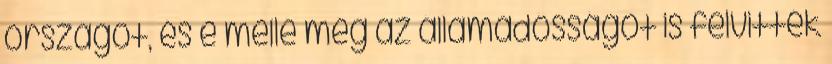
országot, és e mellé még az államadósságot is felvitték